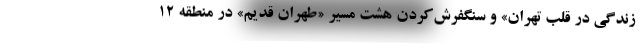
زندگی در قلب تهران» و سنگفرش‌کردن هشت مسیر «طهران قدیم» در منطقه ۱۲